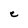
Character: C